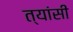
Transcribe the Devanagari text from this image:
त्यांसी